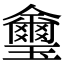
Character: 𤫆